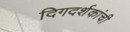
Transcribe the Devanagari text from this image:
दिगदर्शकांची